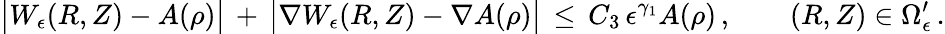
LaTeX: \bigl|W_{\epsilon}(R,Z)-A(\rho)\bigr|\, +\, \bigl|\nabla W_{\epsilon}(R,Z)-\nabla A(\rho)\bigr|\, \le\, C_{3}\, \epsilon^{\gamma_{1}}A(\rho)\, ,\qquad(R,Z)\in\Omega_{\epsilon}^{\prime}\, .